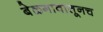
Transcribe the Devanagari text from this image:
बेळगावातूनच